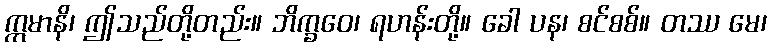
ဣမာနိ၊ ဤသည်တို့တည်း။ ဘိက္ခဝေ၊ ရဟန်းတို့။ ခေါ ပန၊ စင်စစ်။ တဿ မေ၊